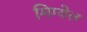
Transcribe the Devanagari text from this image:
मिग्येल